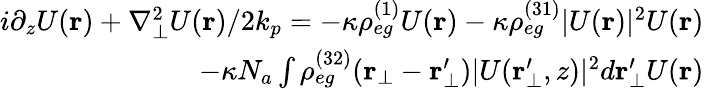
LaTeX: \begin{array}{r}{i{\partial_{z}U(\mathbf{r})}+{\nabla_{\bot}^{2}U(\mathbf{r})}/{2k_{p}}=-\kappa\rho_{eg}^{(1)}U(\mathbf{r})-\kappa\rho_{eg}^{(31)}|U(\mathbf{r})|^{2}U(\mathbf{r})}\\ {-\kappa N_{a}\int\rho_{eg}^{(32)}(\mathbf{r_{\bot}}-\mathbf{r_{\bot}^{\prime}})|U(\mathbf{r_{\bot}^{\prime}},z)|^{2}d\mathbf{r}_{\bot}^{\prime}U(\mathbf{r})}\end{array}